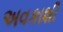
અવકાશી